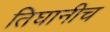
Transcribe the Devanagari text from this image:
तिघानीच